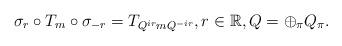
LaTeX: \begin{align*}\sigma_{ r}\circ T_{m} \circ \sigma_{-r} = T_{Q^{ir}mQ^{-ir}} , r\in \mathbb R,Q=\oplus_\pi Q_\pi. \end{align*}